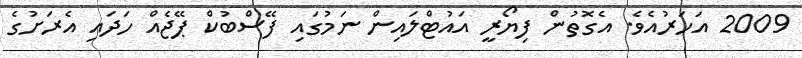
2009 އަހަރުއެވެ. އެގޮތުން ފިޔޯރީ އައުޓްލައިން ނަމުގައި ފޭސްބުކް ޕޭޖެއް ހަދައި އެރަށުގެ